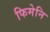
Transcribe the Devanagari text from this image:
फिमेनि